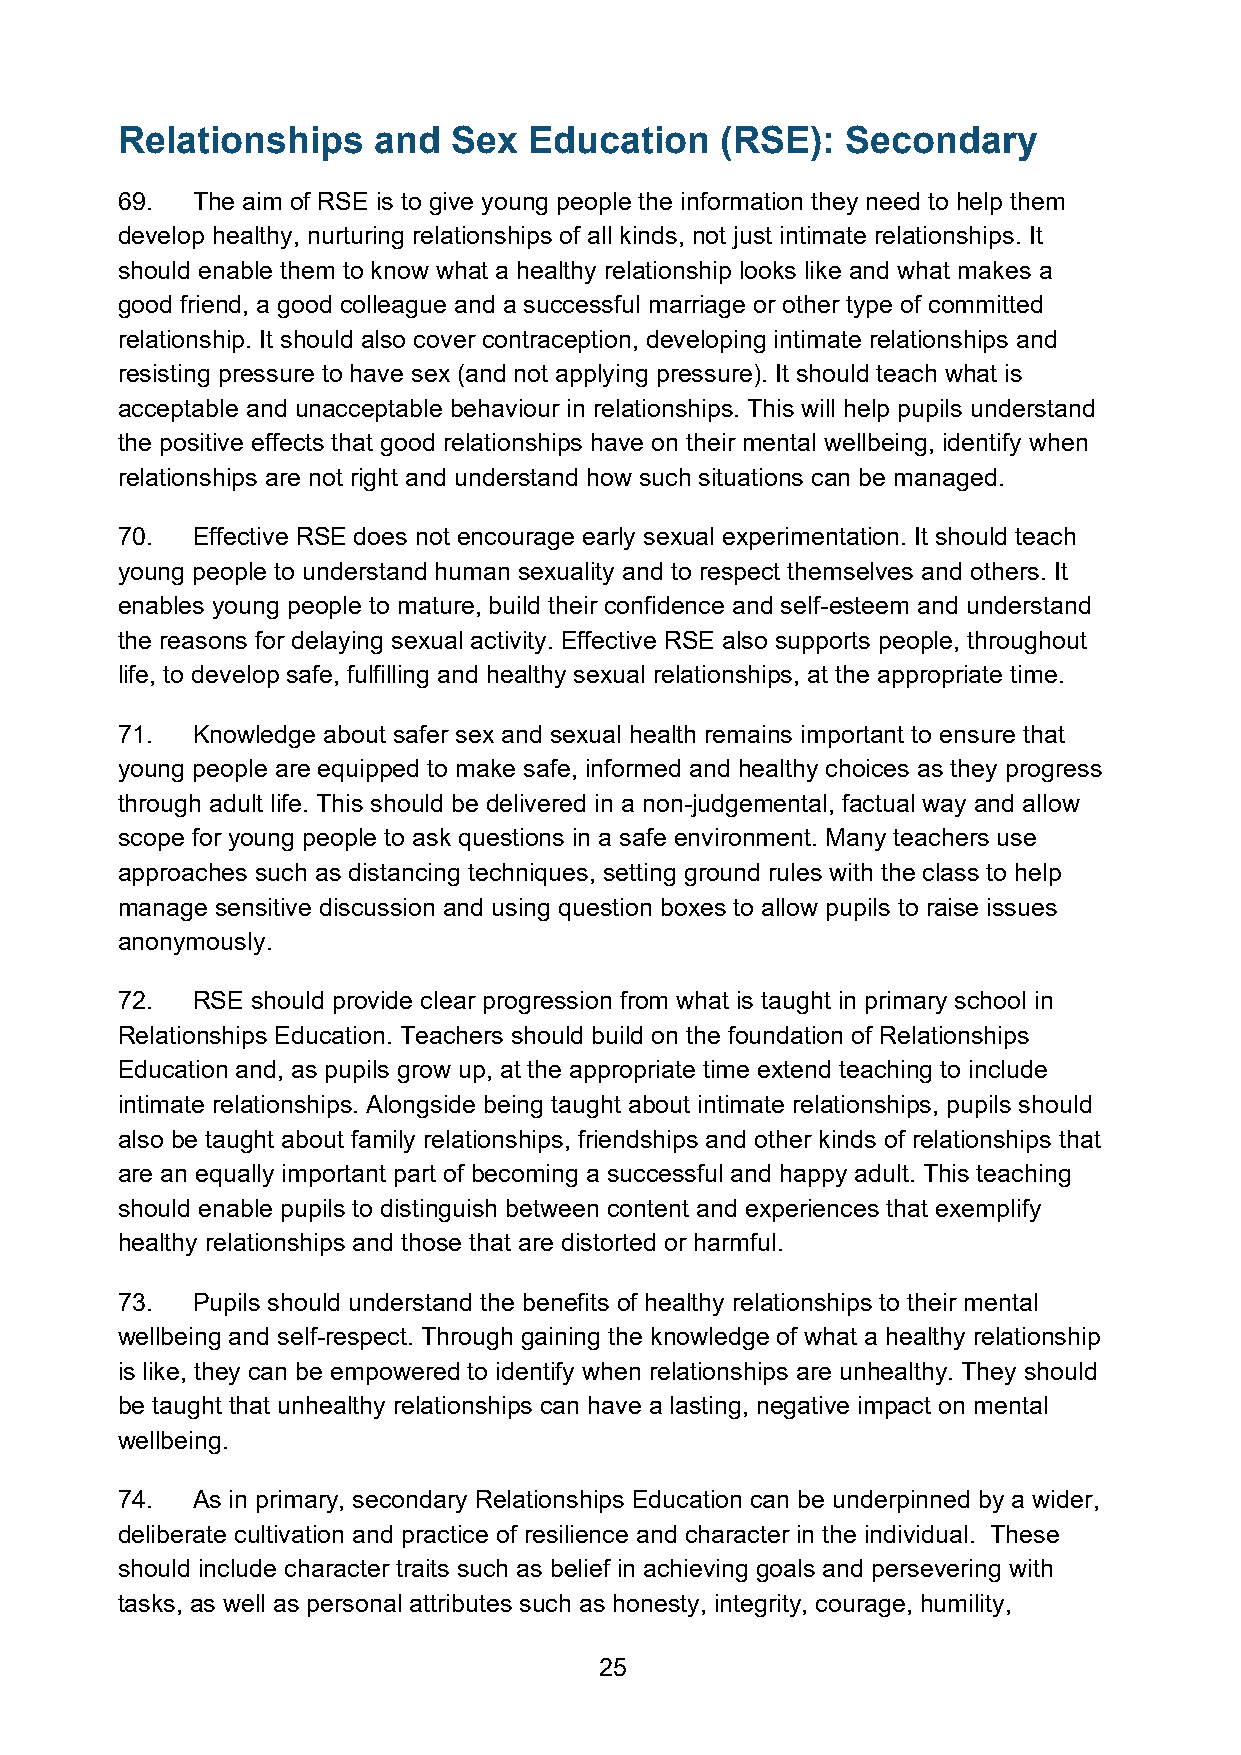
Relationships    and  Sex  Education    (RSE):  Secondary
 69.  The aim of RSE is to give young people the information they need to help them
 develop healthy, nurturing relationships of all kinds, not just intimate relationships. It
 should enable them to know what a healthy relationship looks like and what makes a
 good friend, a good colleague and a successful marriage or other type of committed
 relationship. It should also cover contraception, developing intimate relationships and
 resisting pressure to have sex (and not applying pressure). It should teach what is
 acceptable and unacceptable behaviour in relationships. This will help pupils understand
 the positive effects that good relationships have on their mental wellbeing, identify when
 relationships are not right and understand how such situations can be managed.
 70.  Effective RSE does not encourage early sexual experimentation. It should teach
 young people to understand human sexuality and to respect themselves and others. It
 enables young people to mature, build their confidence and self-esteem and understand
 the reasons for delaying sexual activity. Effective RSE also supports people, throughout
 life, to develop safe, fulfilling and healthy sexual relationships, at the appropriate time.
 71.  Knowledge about safer sex and sexual health remains important to ensure that
 young people are equipped to make safe, informed and healthy choices as they progress
 through adult life. This should be delivered in a non-judgemental, factual way and allow
 scope for young people to ask questions in a safe environment. Many teachers use
 approaches such as distancing techniques, setting ground rules with the class to help
 manage sensitive discussion and using question boxes to allow pupils to raise issues
 anonymously.
 72.  RSE should provide clear progression from what is taught in primary school in
 Relationships Education. Teachers should build on the foundation of Relationships
 Education and, as pupils grow up, at the appropriate time extend teaching to include
 intimate relationships. Alongside being taught about intimate relationships, pupils should
 also be taught about family relationships, friendships and other kinds of relationships that
 are an equally important part of becoming a successful and happy adult. This teaching
 should enable pupils to distinguish between content and experiences that exemplify
 healthy relationships and those that are distorted or harmful.
 73.  Pupils should understand the benefits of healthy relationships to their mental
 wellbeing and self-respect. Through gaining the knowledge of what a healthy relationship
 is like, they can be empowered to identify when relationships are unhealthy. They should
 be taught that unhealthy relationships can have a lasting, negative impact on mental
 wellbeing.
 74.  As in primary, secondary Relationships Education can be underpinned by a wider,
 deliberate cultivation and practice of resilience and character in the individual. These
 should include character traits such as belief in achieving goals and persevering with
 tasks, as well as personal attributes such as honesty, integrity, courage, humility,
 25